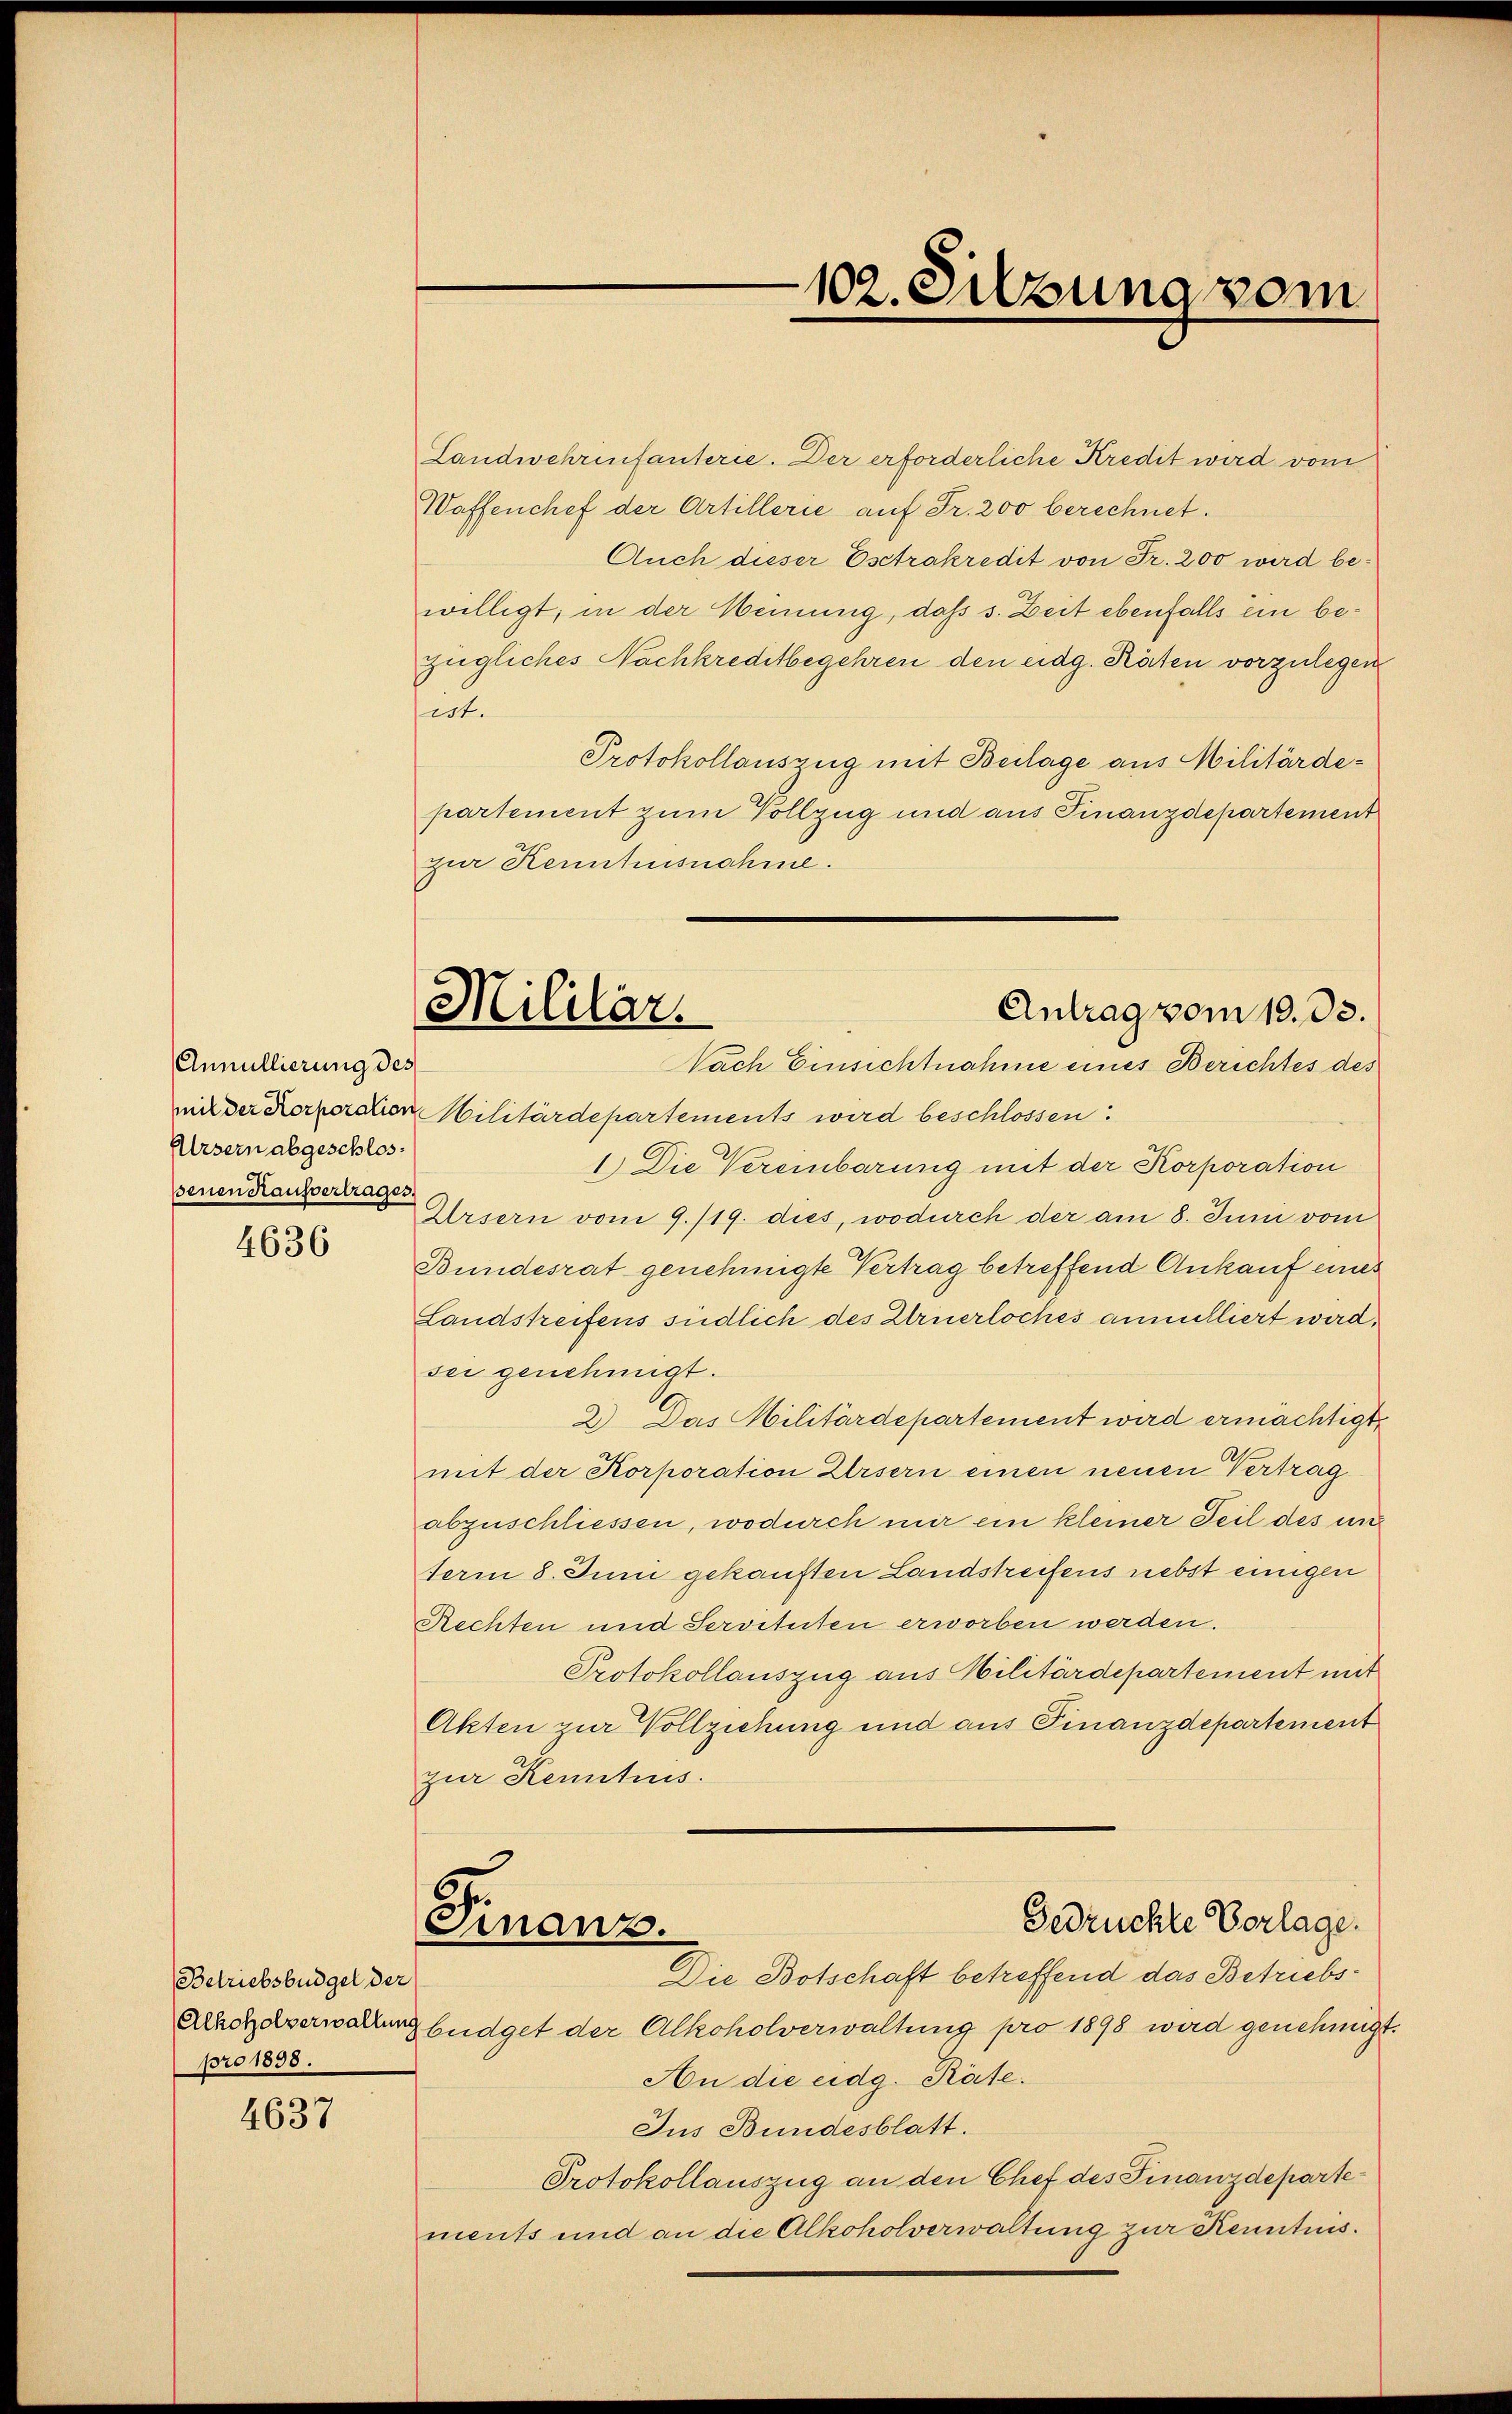
Annullierung des
Ursern abgeschlossenen Hausvertrages.

4636

Betriebsbüdgel der
pro 1898.

4637

102. Silzung vom

Mililär.
Antrag vom 10. 33.
Nach Einsichtnahme eines Berichtes des

Landwehrenfanterie. Der erforderliche Kredit wird vom
Waffenchef der Artillerie auf Fr. 200 berechnet.
Auch dieser Esctrakredit von Fr. 200 wird bewilligt; in der Meinung, daß s. Zeit ebenfalls ein bezügliches Nachkreditbegehren den eidg. Räten vorzulegen
ist.
Protokollauszug mit Beilage aus Militärdepartement zum Vollzug und aus Finanzdepartement
zur Kenntnisnahme.
mit der Korporchen Militärdepartements wird beschlossen:
1.) Die Vereinbarung mit der Korporation
Ursern vom 9./19. dies, wodurch der am 8. Juni vom
Bundesrat genehmigte Vertrag betreffend Ankauf eines
Landstreifens südlich des Urnerloches annulliert wird,
sei genehmigt.
2) Das Militärdepartement wird ermächtigt,
mit der Korporation Ursern einen neuen Vertrag
abzuschliessen, wodurch mir ein kleiner Teil des und
term 8. Juni gekauften Landstreifens nebst einigen
Rechten und Servituten erworben werden.
Protokollauszug aus Militärdepartement mit
Akten zur Vollziehung und aus Finanzdepartement
zur Kenntnis.

Gedrückte Verlage.
Finanz.
Die Botschaft betreffend das Betriebs¬

Alkohelverwaltung büdget der Alkoholverwaltung pro 1898 wird genehmigt.
An die eidg. Räte.
Jus Bundesblatt.
Protokollauszug an den Chef des Finanzdepartements und an die Alkoholverwaltung zur Kenntnis.